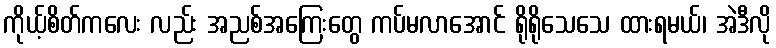
ကိုယ့်စိတ်ကလေး လည်း အညစ်အကြေးတွေ ကပ်မလာအောင် ရိုရိုသေသေ ထားရမယ်၊ အဲဒီလို